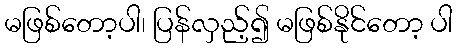
မဖြစ်တော့ပါ၊ ပြန်လှည့်၍ မဖြစ်နိုင်တော့ ပါ